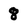
Character: 8